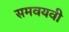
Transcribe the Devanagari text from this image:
समवयवी